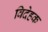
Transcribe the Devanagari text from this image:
विदेहक